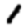
Digit: 1